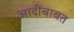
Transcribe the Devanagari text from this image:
आदींबाबत